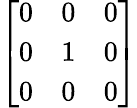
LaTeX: \left[\begin{array}{lll}{0}&{0}&{0}\\ {0}&{1}&{0}\\ {0}&{0}&{0}\end{array}\right]